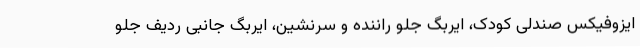
ایزوفیکس صندلی کودک، ایربگ جلو راننده و سرنشین، ایربگ جانبی ردیف جلو